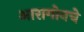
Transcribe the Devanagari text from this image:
आरागोनचे